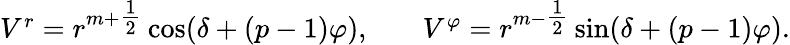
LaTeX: \begin{array}{ccc}{{V^{r}=r^{m+{\textstyle{\frac{1}{2}}}}\cos(\delta+(p-1)\varphi),}}&{{}}&{{V^{\varphi}=r^{m-{\textstyle{\frac{1}{2}}}}\sin(\delta+(p-1)\varphi).}}\end{array}